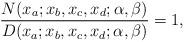
LaTeX: \begin{align*}\frac{N(x_a;x_b,x_c,x_d;\alpha,\beta)}{D(x_a;x_b,x_c,x_d;\alpha,\beta)}=1,\end{align*}